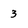
Character: 3